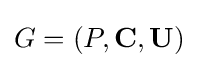
G=(P,\mathbf {C} ,\mathbf {U} )